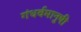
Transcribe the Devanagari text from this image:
गंधर्वमानुषी